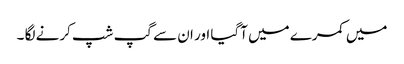
میں کمرے میں آگیا اور ان سے گپ شپ کرنے لگا ۔